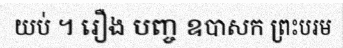
យប់ ។ រឿង បញ្ច ឧបាសក ព្រះបរម